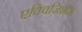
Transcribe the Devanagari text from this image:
एक्विजिशंस